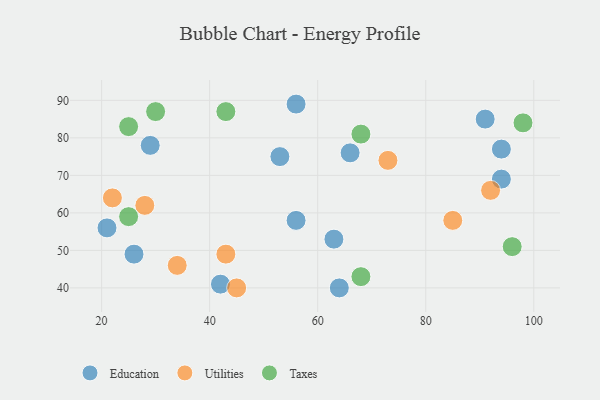
{"axis": {"x": "GDP", "y": "Life Expectancy"}, "legend": ["Education", "Taxes", "Utilities"], "data": [{"x": "94", "y": 69, "type": "Education"}, {"x": "66", "y": 76, "type": "Education"}, {"x": "42", "y": 41, "type": "Education"}, {"x": "26", "y": 49, "type": "Education"}, {"x": "53", "y": 75, "type": "Education"}, {"x": "56", "y": 89, "type": "Education"}, {"x": "63", "y": 53, "type": "Education"}, {"x": "64", "y": 40, "type": "Education"}, {"x": "91", "y": 85, "type": "Education"}, {"x": "21", "y": 56, "type": "Education"}, {"x": "56", "y": 58, "type": "Education"}, {"x": "94", "y": 77, "type": "Education"}, {"x": "29", "y": 78, "type": "Education"}, {"x": "85", "y": 58, "type": "Utilities"}, {"x": "34", "y": 46, "type": "Utilities"}, {"x": "43", "y": 49, "type": "Utilities"}, {"x": "22", "y": 64, "type": "Utilities"}, {"x": "73", "y": 74, "type": "Utilities"}, {"x": "45", "y": 40, "type": "Utilities"}, {"x": "28", "y": 62, "type": "Utilities"}, {"x": "92", "y": 66, "type": "Utilities"}, {"x": "30", "y": 87, "type": "Taxes"}, {"x": "68", "y": 43, "type": "Taxes"}, {"x": "25", "y": 59, "type": "Taxes"}, {"x": "98", "y": 84, "type": "Taxes"}, {"x": "68", "y": 81, "type": "Taxes"}, {"x": "96", "y": 51, "type": "Taxes"}, {"x": "25", "y": 83, "type": "Taxes"}, {"x": "43", "y": 87, "type": "Taxes"}]}